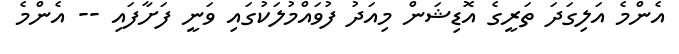
އެންމެ އަލިގަދަ ތަރީގެ އޮޑިޝަން މިއަދު ފުވައްމުލަކުގައި ވަނީ ފަށާފައި -- އެންމެ